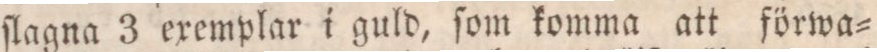
ſlagna 3 exemplar i guld, ſom komma att förwa=